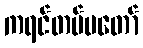
ကရင်တပ်မတော်